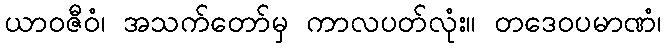
ယာဝဇီဝံ၊ အသက်တော်မှ ကာလပတ်လုံး။ တဒေဝပမာဏံ၊